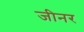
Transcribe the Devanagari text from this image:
जीनर